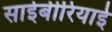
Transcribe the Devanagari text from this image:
साईबीरियाई